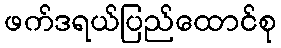
ဖက်ဒရယ်ပြည်ထောင်စု